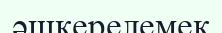
әшкерелемек